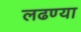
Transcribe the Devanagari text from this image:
लढण्या